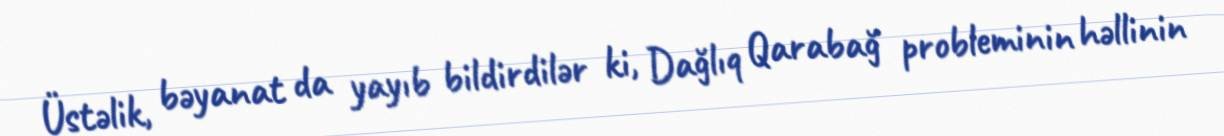
Üstəlik, bəyanat da yayıb bildirdilər ki, Dağlıq Qarabağ probleminin həllinin